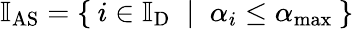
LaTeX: \mathbb{I}_{\mathrm{AS}}=\{ \: i\in\mathbb{I}_{\mathrm{D}}\; \mid\; \alpha_{i}\leq\alpha_{\mathrm{max}}\: \}